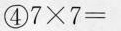
④) $$7 \times 7 =$$